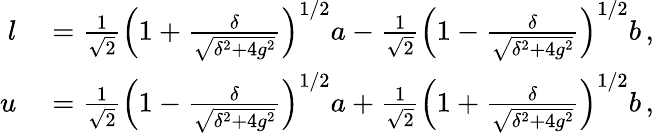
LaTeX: \begin{array}{rl}{l}&{{}=\frac{1}{\sqrt{2}}\left(1+\frac{\delta}{\sqrt{\delta^{2}+4g^{2}}}\right)^{1/2}a-\frac{1}{\sqrt{2}}\left(1-\frac{\delta}{\sqrt{\delta^{2}+4g^{2}}}\right)^{1/2}b\, ,}\\ {u}&{{}=\frac{1}{\sqrt{2}}\left(1-\frac{\delta}{\sqrt{\delta^{2}+4g^{2}}}\right)^{1/2}a+\frac{1}{\sqrt{2}}\left(1+\frac{\delta}{\sqrt{\delta^{2}+4g^{2}}}\right)^{1/2}b\, ,}\end{array}